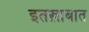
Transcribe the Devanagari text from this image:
इतख़ाबात